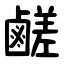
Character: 鹺